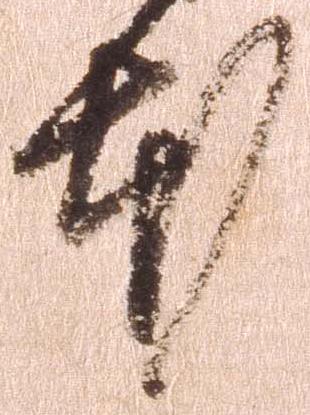
本